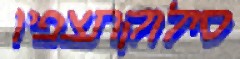
סילוקתצפיו